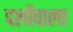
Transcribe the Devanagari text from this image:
दलोंवाला